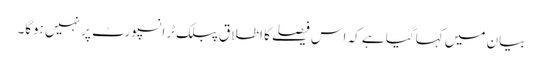
بیان میں کہا گیا ہے کہ اس فیصلے کا اطلاق پبلک ٹرانسپورٹ پر نہیں ہوگا۔